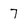
Character: 7